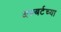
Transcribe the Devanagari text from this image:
अल्बर्टच्या